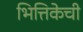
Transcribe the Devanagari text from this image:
भित्तिकेची